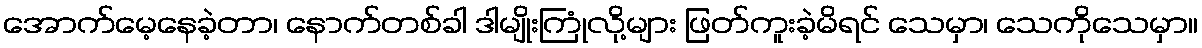
အောက်မေ့နေခဲ့တာ၊ နောက်တစ်ခါ ဒါမျိုးကြုံလို့များ ဖြတ်ကူးခဲ့မိရင် သေမှာ၊ သေကိုသေမှာ။